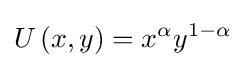
U\left(x,y\right)=x^{\alpha }y^{1-\alpha }